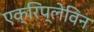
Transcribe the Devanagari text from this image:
एक्रिप्लेविन